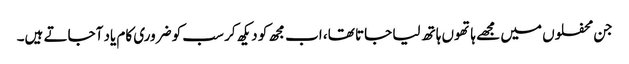
جن محفلوں میں مجھے ہاتھوں ہاتھ لیا جاتا تھا، اب مجھ کو دیکھ کر سب کو ضروری کام یاد آجاتے ہیں۔